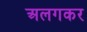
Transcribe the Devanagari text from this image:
अलगकर